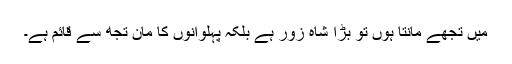
میں تجھے مانتا ہوں تو بڑا شاہ زور ہے بلکہ پہلوانوں کا مان تجھ سے قائم ہے۔